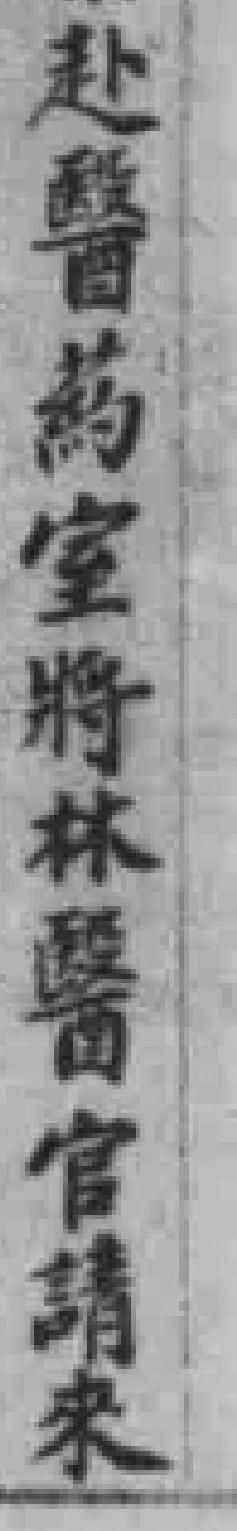
赴醫藥室將林醫官請來